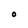
Character: O